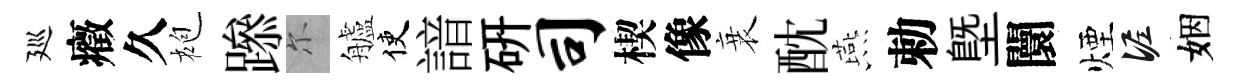
廵癥久袍𨅶尓艫使諳研司楔像衰酖燕勅塈闤煙泥姻